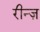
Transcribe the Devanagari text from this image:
रीन्ज़